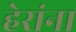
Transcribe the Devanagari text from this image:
हेरांना